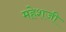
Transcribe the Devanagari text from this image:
महेशजी